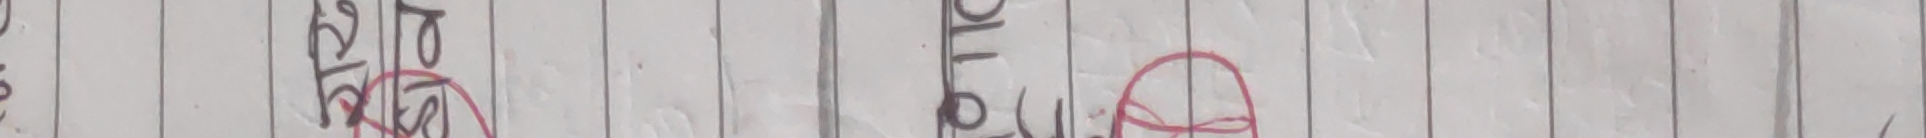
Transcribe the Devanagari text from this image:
खु खरिका गोलोपा